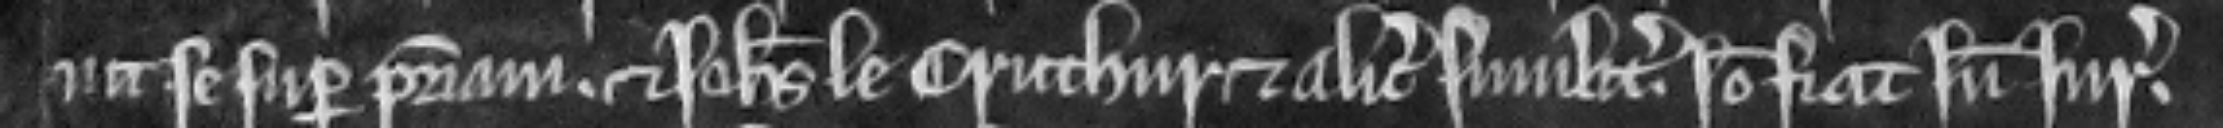
nit se super patriam et Johannes le Crucher et Alicia similiter. Ideo fiat inde jurata.